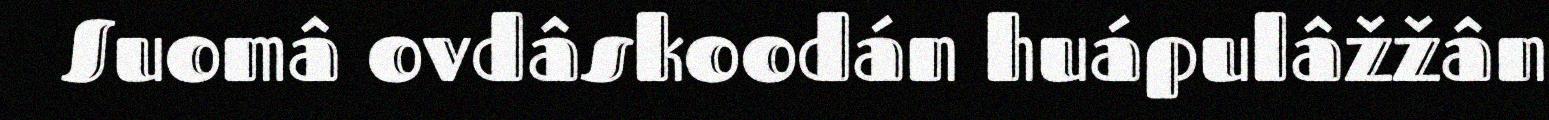
Suomâ ovdâskoodán huápulâžžân